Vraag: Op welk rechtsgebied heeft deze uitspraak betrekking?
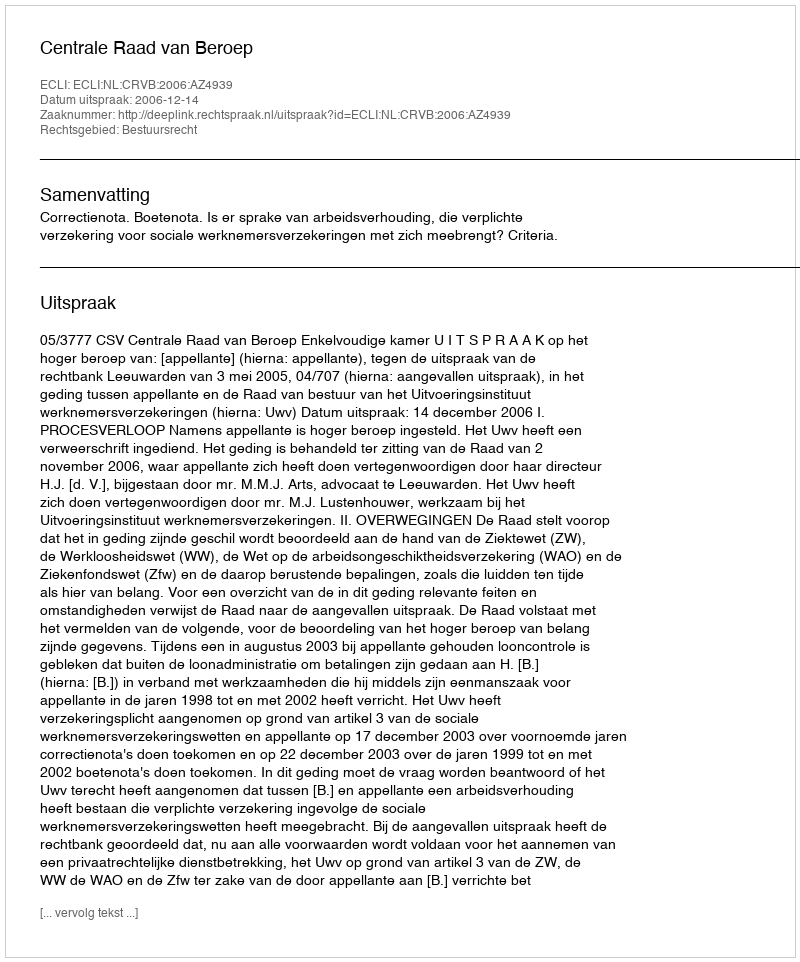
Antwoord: Bestuursrecht